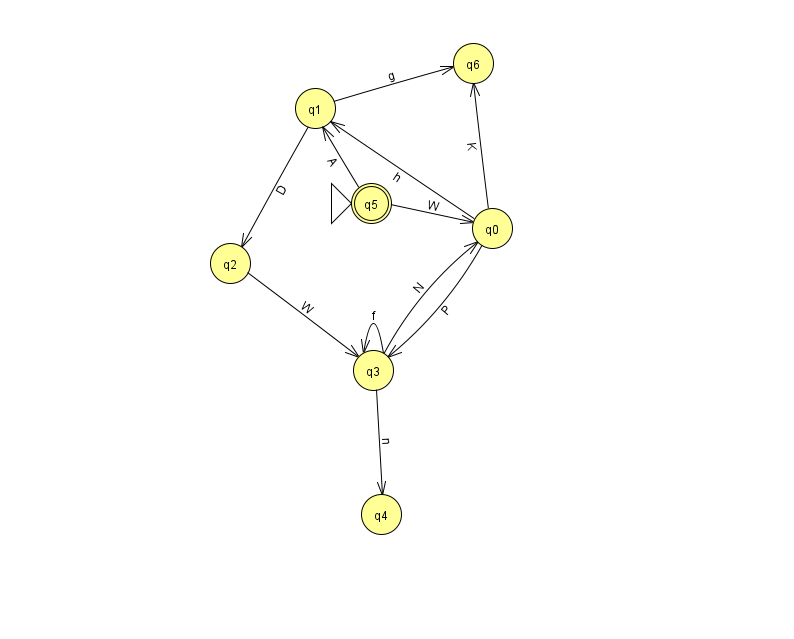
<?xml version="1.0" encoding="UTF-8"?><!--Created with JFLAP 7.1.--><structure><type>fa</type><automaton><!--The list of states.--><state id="0" name="q0"><x>492.0</x><y>215.0</y></state><state id="1" name="q1"><x>315.0</x><y>95.0</y></state><state id="2" name="q2"><x>230.0</x><y>250.0</y></state><state id="3" name="q3"><x>373.0</x><y>357.0</y></state><state id="4" name="q4"><x>381.0</x><y>501.0</y></state><state id="5" name="q5"><x>371.0</x><y>190.0</y><initial/><final/></state><state id="6" name="q6"><x>473.0</x><y>50.0</y></state><!--The list of transitions.--><transition><from>0</from><to>6</to><read>K</read></transition><transition><from>1</from><to>2</to><read>D</read></transition><transition><from>5</from><to>1</to><read>A</read></transition><transition><from>1</from><to>6</to><read>g</read></transition><transition><from>0</from><to>3</to><read>P</read></transition><transition><from>3</from><to>3</to><read>f</read></transition><transition><from>0</from><to>1</to><read>h</read></transition><transition><from>3</from><to>0</to><read>N</read></transition><transition><from>3</from><to>4</to><read>n</read></transition><transition><from>5</from><to>0</to><read>W</read></transition><transition><from>2</from><to>3</to><read>W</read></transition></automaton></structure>